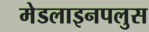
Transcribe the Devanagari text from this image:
मेडलाइनपलुस